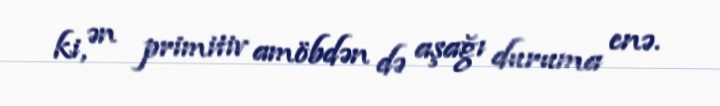
ki, ən primitiv amöbdən də aşağı duruma enə.